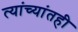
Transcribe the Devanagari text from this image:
त्यांच्यांतही